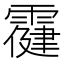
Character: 𩅋